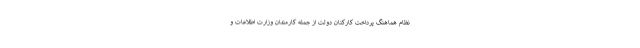
نظام هماهنگ پرداخت کارکنان دولت از جمله کارمندان وزارت اطلاعات و